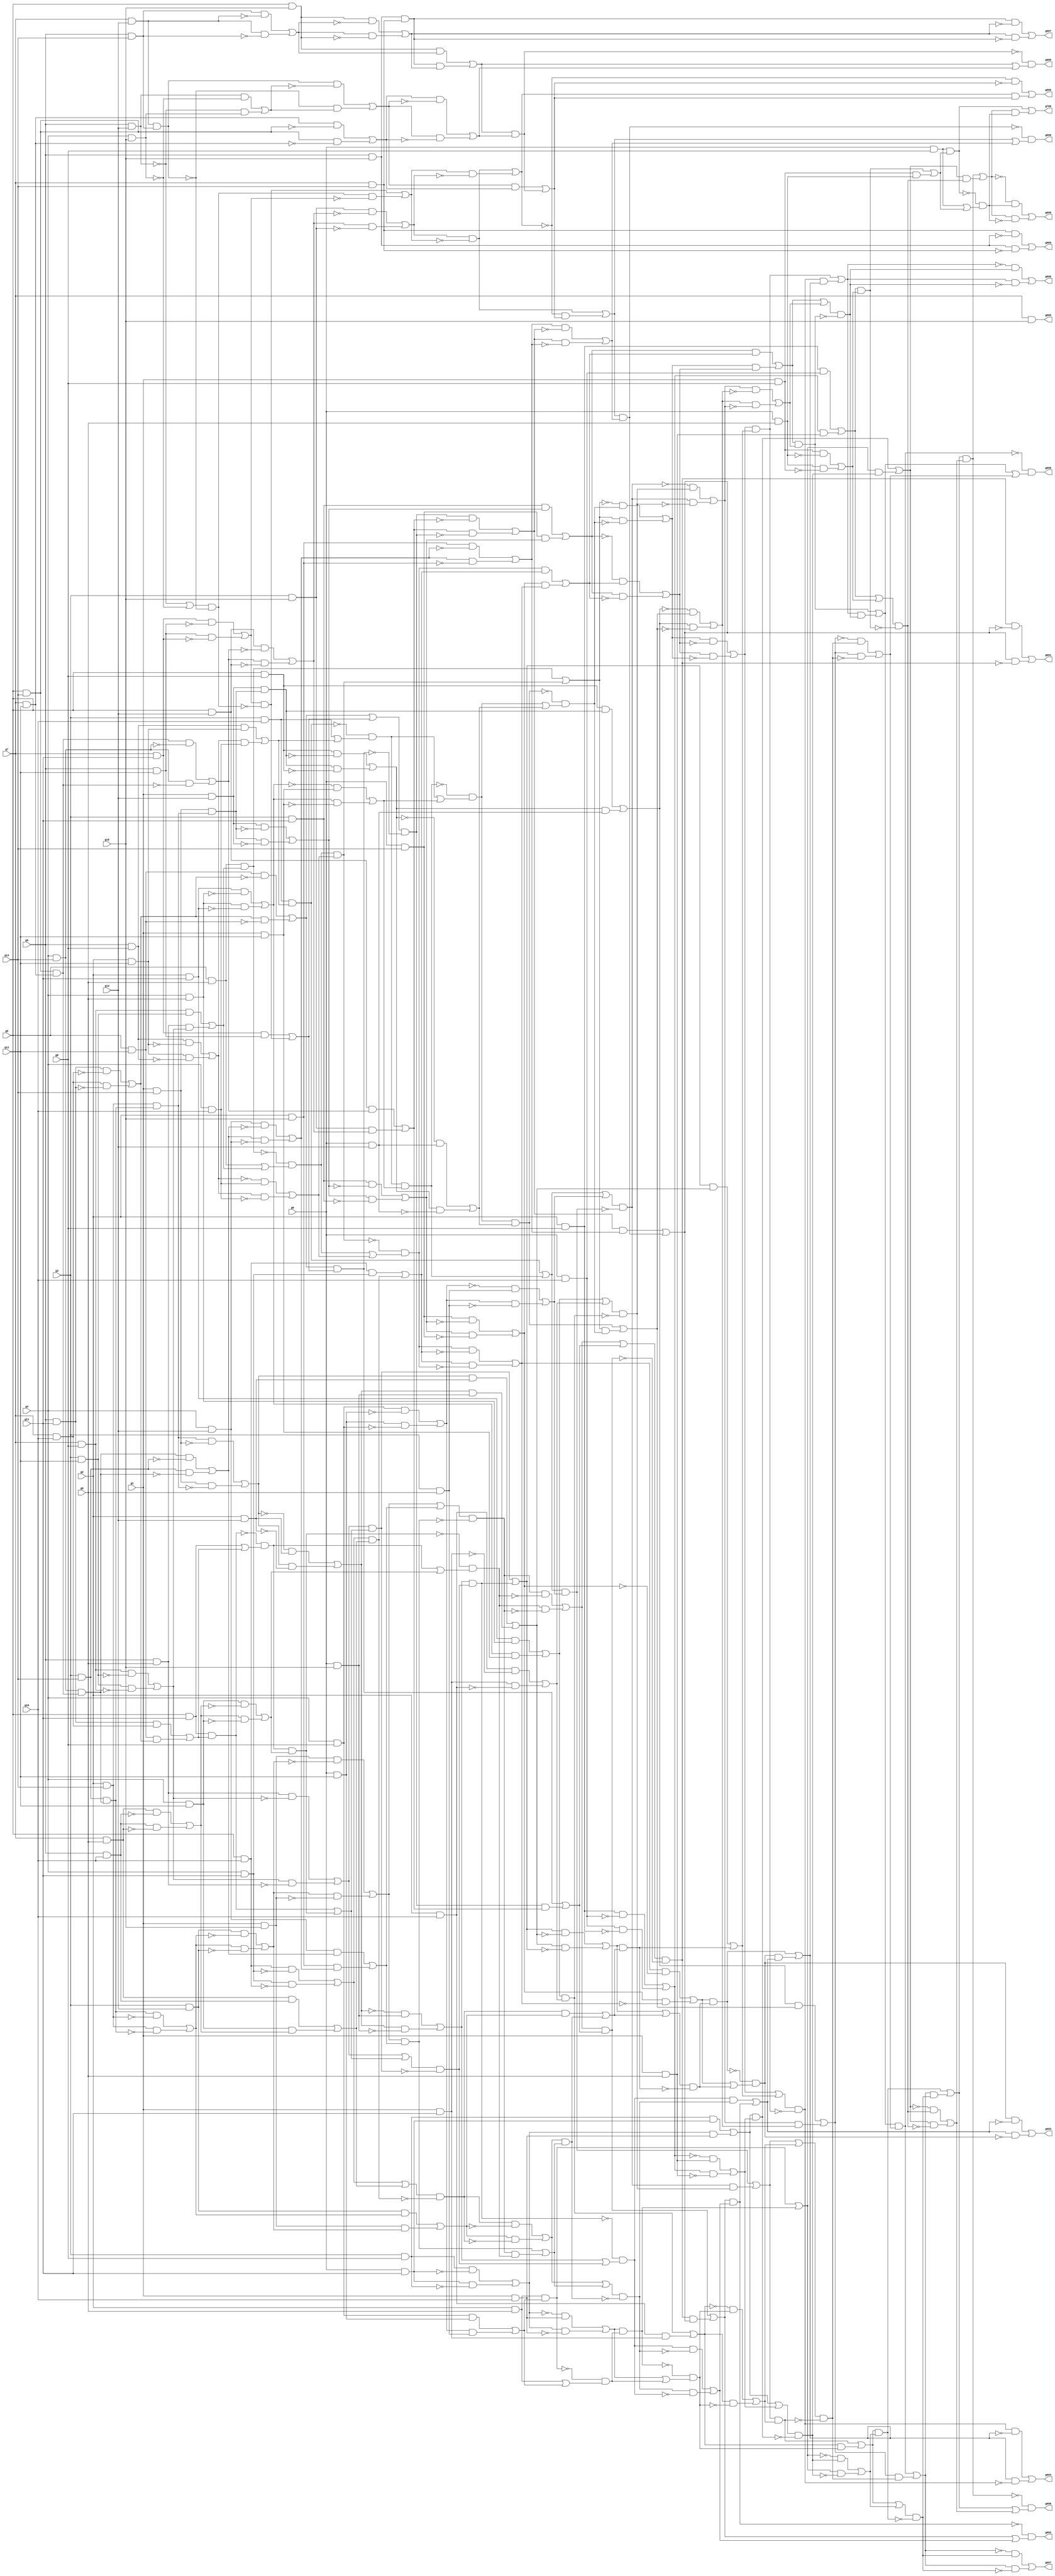
// Benchmark "circuit" written by ABC on Wed Jul 11 22:45:13 2018

module circuit ( 
    g0, g1, g2, g3, g4, g5, g6, g7, g8, g9, g10, g11, g12, g13, g14, g15,
    g700, g699, g698, g697, g696, g695, g694, g693, g692, g691, g690, g689,
    g688, g687, g686, g685  );
  input  g0, g1, g2, g3, g4, g5, g6, g7, g8, g9, g10, g11, g12, g13, g14,
    g15;
  output g700, g699, g698, g697, g696, g695, g694, g693, g692, g691, g690,
    g689, g688, g687, g686, g685;
  wire g16, g17, g18, g19, g20, g21, g22, g23, g24, g25, g26, g27, g28, g29,
    g30, g31, g32, g33, g34, g35, g36, g37, g38, g39, g40, g41, g42, g43,
    g44, g45, g46, g47, g48, g49, g50, g51, g52, g53, g54, g55, g56, g57,
    g58, g59, g60, g61, g62, g63, g64, g65, g66, g67, g68, g69, g70, g71,
    g72, g73, g74, g75, g76, g77, g78, g79, g80, g81, g82, g83, g84, g85,
    g86, g87, g88, g89, g90, g91, g92, g93, g94, g95, g96, g97, g98, g99,
    g100, g101, g102, g103, g104, g105, g106, g107, g108, g109, g110, g111,
    g112, g113, g114, g115, g116, g117, g118, g119, g120, g121, g122, g123,
    g124, g125, g126, g127, g128, g129, g130, g131, g132, g133, g134, g135,
    g136, g137, g138, g139, g140, g141, g142, g143, g144, g145, g146, g147,
    g148, g149, g150, g151, g152, g153, g154, g155, g156, g157, g158, g159,
    g160, g161, g162, g163, g164, g165, g166, g167, g168, g169, g170, g171,
    g172, g173, g174, g175, g176, g177, g178, g179, g180, g181, g182, g183,
    g184, g185, g186, g187, g188, g189, g190, g191, g192, g193, g194, g195,
    g196, g197, g198, g199, g200, g201, g202, g203, g204, g205, g206, g207,
    g208, g209, g210, g211, g212, g213, g214, g215, g216, g217, g218, g219,
    g220, g221, g222, g223, g224, g225, g226, g227, g228, g229, g230, g231,
    g232, g233, g234, g235, g236, g237, g238, g239, g240, g241, g242, g243,
    g244, g245, g246, g247, g248, g249, g250, g251, g252, g253, g254, g255,
    g256, g257, g258, g259, g260, g261, g262, g263, g264, g265, g266, g267,
    g268, g269, g270, g271, g272, g273, g274, g275, g276, g277, g278, g279,
    g280, g281, g282, g283, g284, g285, g286, g287, g288, g289, g290, g291,
    g292, g293, g294, g295, g296, g297, g298, g299, g300, g301, g302, g303,
    g304, g305, g306, g307, g308, g309, g310, g311, g312, g313, g314, g315,
    g316, g317, g318, g319, g320, g321, g322, g323, g324, g325, g326, g327,
    g328, g329, g330, g331, g332, g333, g334, g335, g336, g337, g338, g339,
    g340, g341, g342, g343, g344, g345, g346, g347, g348, g349, g350, g351,
    g352, g353, g354, g355, g356, g357, g358, g359, g360, g361, g362, g363,
    g364, g365, g366, g367, g368, g369, g370, g371, g372, g373, g374, g375,
    g376, g377, g378, g379, g380, g381, g382, g383, g384, g385, g386, g387,
    g388, g389, g390, g391, g392, g393, g394, g395, g396, g397, g398, g399,
    g400, g401, g402, g403, g404, g405, g406, g407, g408, g409, g410, g411,
    g412, g413, g414, g415, g416, g417, g418, g419, g420, g421, g422, g423,
    g424, g425, g426, g427, g428, g429, g430, g431, g432, g433, g434, g435,
    g436, g437, g438, g439, g440, g441, g442, g443, g444, g445, g446, g447,
    g448, g449, g450, g451, g452, g453, g454, g455, g456, g457, g458, g459,
    g460, g461, g462, g463, g464, g465, g466, g467, g468, g469, g470, g471,
    g472, g473, g474, g475, g476, g477, g478, g479, g480, g481, g482, g483,
    g484, g485, g486, g487, g488, g489, g490, g491, g492, g493, g494, g495,
    g496, g497, g498, g499, g500, g501, g502, g503, g504, g505, g506, g507,
    g508, g509, g510, g511, g512, g513, g514, g515, g516, g517, g518, g519,
    g520, g521, g522, g523, g524, g525, g526, g527, g528, g529, g530, g531,
    g532, g533, g534, g535, g536, g537, g538, g539, g540, g541, g542, g543,
    g544, g545, g546, g547, g548, g549, g550, g551, g552, g553, g554, g555,
    g556, g557, g558, g559, g560, g561, g562, g563, g564, g565, g566, g567,
    g568, g569, g570, g571, g572, g573, g574, g575, g576, g577, g578, g579,
    g580, g581, g582, g583, g584, g585, g586, g587, g588, g589, g590, g591,
    g592, g593, g594, g595, g596, g597, g598, g599, g600, g601, g602, g603,
    g604, g605, g606, g607, g608, g609, g610, g611, g612, g613, g614, g615,
    g616, g617, g618, g619, g620, g621, g622, g623, g624, g625, g626, g627,
    g628, g629, g630, g631, g632, g633, g634, g635, g636, g637, g638, g639,
    g640, g641, g642, g643, g644, g645, g646, g647, g648, g649, g650, g651,
    g652, g653, g654, g655, g656, g657, g658, g659, g660, g661, g662, g663,
    g664, g665, g666, g667, g668, g669, g670, g671, g672, g673, g674, g675,
    g676, g677, g678, g679, g680, g681, g682, g683, g684;
  assign g16 = g5 & g9;
  assign g17 = g7 & g8;
  assign g18 = g3 & g12;
  assign g19 = g17 & g18;
  assign g20 = g6 & g9;
  assign g21 = ~g18;
  assign g22 = g17 & g21;
  assign g23 = ~g17;
  assign g24 = g18 & g23;
  assign g25 = g22 | g24;
  assign g26 = g20 & g25;
  assign g27 = g19 | g26;
  assign g28 = g16 & g27;
  assign g29 = ~g28;
  assign g30 = g16 | g27;
  assign g31 = g29 & g30;
  assign g32 = g6 & g8;
  assign g33 = g2 & g12;
  assign g34 = ~g33;
  assign g35 = g32 & g34;
  assign g36 = ~g32;
  assign g37 = g33 & g36;
  assign g38 = g35 | g37;
  assign g39 = ~g38;
  assign g40 = g4 & g10;
  assign g41 = g39 & g40;
  assign g42 = ~g40;
  assign g43 = g38 & g42;
  assign g44 = g41 | g43;
  assign g45 = g31 & g44;
  assign g46 = g28 | g45;
  assign g47 = ~g46;
  assign g48 = g3 & g10;
  assign g49 = g32 & g33;
  assign g50 = g38 & g40;
  assign g51 = g49 | g50;
  assign g52 = g48 & g51;
  assign g53 = ~g52;
  assign g54 = g48 | g51;
  assign g55 = g53 & g54;
  assign g56 = g2 & g11;
  assign g57 = g4 & g9;
  assign g58 = ~g57;
  assign g59 = g56 & g58;
  assign g60 = ~g56;
  assign g61 = g57 & g60;
  assign g62 = g59 | g61;
  assign g63 = ~g62;
  assign g64 = g1 & g12;
  assign g65 = g63 & g64;
  assign g66 = ~g64;
  assign g67 = g62 & g66;
  assign g68 = g65 | g67;
  assign g69 = g55 & g68;
  assign g70 = ~g69;
  assign g71 = g55 | g68;
  assign g72 = g70 & g71;
  assign g73 = g5 & g8;
  assign g74 = g1 & g13;
  assign g75 = g1 & g14;
  assign g76 = g2 & g14;
  assign g77 = g3 & g14;
  assign g78 = g4 & g14;
  assign g79 = g5 & g14;
  assign g80 = g7 & g12;
  assign g81 = g79 & g80;
  assign g82 = g78 & g81;
  assign g83 = g77 & g82;
  assign g84 = g76 & g83;
  assign g85 = g75 & g84;
  assign g86 = g74 & g85;
  assign g87 = ~g86;
  assign g88 = g73 & g87;
  assign g89 = ~g73;
  assign g90 = g86 & g89;
  assign g91 = g88 | g90;
  assign g92 = ~g91;
  assign g93 = g0 & g13;
  assign g94 = g92 & g93;
  assign g95 = ~g93;
  assign g96 = g91 & g95;
  assign g97 = g94 | g96;
  assign g98 = g72 & g97;
  assign g99 = ~g98;
  assign g100 = g72 | g97;
  assign g101 = g99 & g100;
  assign g102 = g47 & g101;
  assign g103 = ~g101;
  assign g104 = g46 & g103;
  assign g105 = g102 | g104;
  assign g106 = g3 & g11;
  assign g107 = ~g85;
  assign g108 = g74 & g107;
  assign g109 = ~g74;
  assign g110 = g85 & g109;
  assign g111 = g108 | g110;
  assign g112 = g106 & g111;
  assign g113 = g0 & g14;
  assign g114 = ~g111;
  assign g115 = g106 & g114;
  assign g116 = ~g106;
  assign g117 = g111 & g116;
  assign g118 = g115 | g117;
  assign g119 = g113 & g118;
  assign g120 = g112 | g119;
  assign g121 = ~g120;
  assign g122 = ~g45;
  assign g123 = g31 | g44;
  assign g124 = g122 & g123;
  assign g125 = g5 & g10;
  assign g126 = g4 & g11;
  assign g127 = g125 & g126;
  assign g128 = ~g126;
  assign g129 = g125 & g128;
  assign g130 = ~g125;
  assign g131 = g126 & g130;
  assign g132 = g129 | g131;
  assign g133 = g7 & g9;
  assign g134 = g6 & g10;
  assign g135 = g133 & g134;
  assign g136 = g4 & g12;
  assign g137 = ~g134;
  assign g138 = g133 & g137;
  assign g139 = ~g133;
  assign g140 = g134 & g139;
  assign g141 = g138 | g140;
  assign g142 = g136 & g141;
  assign g143 = g135 | g142;
  assign g144 = g132 & g143;
  assign g145 = g127 | g144;
  assign g146 = g124 & g145;
  assign g147 = ~g118;
  assign g148 = g113 & g147;
  assign g149 = ~g113;
  assign g150 = g118 & g149;
  assign g151 = g148 | g150;
  assign g152 = ~g145;
  assign g153 = g124 & g152;
  assign g154 = ~g124;
  assign g155 = g145 & g154;
  assign g156 = g153 | g155;
  assign g157 = g151 & g156;
  assign g158 = g146 | g157;
  assign g159 = g121 & g158;
  assign g160 = ~g158;
  assign g161 = g120 & g160;
  assign g162 = g159 | g161;
  assign g163 = ~g162;
  assign g164 = g105 & g163;
  assign g165 = ~g105;
  assign g166 = g162 & g165;
  assign g167 = g164 | g166;
  assign g168 = ~g25;
  assign g169 = g20 & g168;
  assign g170 = ~g20;
  assign g171 = g25 & g170;
  assign g172 = g169 | g171;
  assign g173 = g5 & g11;
  assign g174 = g6 & g11;
  assign g175 = g7 & g10;
  assign g176 = g174 & g175;
  assign g177 = g5 & g12;
  assign g178 = ~g175;
  assign g179 = g174 & g178;
  assign g180 = ~g174;
  assign g181 = g175 & g180;
  assign g182 = g179 | g181;
  assign g183 = g177 & g182;
  assign g184 = g176 | g183;
  assign g185 = g173 & g184;
  assign g186 = ~g185;
  assign g187 = g173 | g184;
  assign g188 = g186 & g187;
  assign g189 = ~g141;
  assign g190 = g136 & g189;
  assign g191 = ~g136;
  assign g192 = g141 & g191;
  assign g193 = g190 | g192;
  assign g194 = g188 & g193;
  assign g195 = g185 | g194;
  assign g196 = g172 & g195;
  assign g197 = ~g75;
  assign g198 = g84 & g197;
  assign g199 = ~g84;
  assign g200 = g75 & g199;
  assign g201 = g198 | g200;
  assign g202 = ~g201;
  assign g203 = g2 & g13;
  assign g204 = g202 & g203;
  assign g205 = ~g203;
  assign g206 = g201 & g205;
  assign g207 = g204 | g206;
  assign g208 = ~g207;
  assign g209 = g0 & g15;
  assign g210 = g208 & g209;
  assign g211 = ~g209;
  assign g212 = g207 & g211;
  assign g213 = g210 | g212;
  assign g214 = g172 | g195;
  assign g215 = ~g196;
  assign g216 = g214 & g215;
  assign g217 = g213 & g216;
  assign g218 = g196 | g217;
  assign g219 = g201 & g203;
  assign g220 = g207 & g209;
  assign g221 = g219 | g220;
  assign g222 = g218 & g221;
  assign g223 = ~g221;
  assign g224 = g218 & g223;
  assign g225 = ~g218;
  assign g226 = g221 & g225;
  assign g227 = g224 | g226;
  assign g228 = g132 | g143;
  assign g229 = ~g144;
  assign g230 = g228 & g229;
  assign g231 = g3 & g13;
  assign g232 = ~g76;
  assign g233 = g83 & g232;
  assign g234 = ~g83;
  assign g235 = g76 & g234;
  assign g236 = g233 | g235;
  assign g237 = g231 & g236;
  assign g238 = g1 & g15;
  assign g239 = ~g236;
  assign g240 = g231 & g239;
  assign g241 = ~g231;
  assign g242 = g236 & g241;
  assign g243 = g240 | g242;
  assign g244 = g238 & g243;
  assign g245 = g237 | g244;
  assign g246 = g230 & g245;
  assign g247 = ~g245;
  assign g248 = g230 & g247;
  assign g249 = ~g230;
  assign g250 = g245 & g249;
  assign g251 = g248 | g250;
  assign g252 = ~g243;
  assign g253 = g238 & g252;
  assign g254 = ~g238;
  assign g255 = g243 & g254;
  assign g256 = g253 | g255;
  assign g257 = g4 & g13;
  assign g258 = ~g77;
  assign g259 = g82 & g258;
  assign g260 = ~g82;
  assign g261 = g77 & g260;
  assign g262 = g259 | g261;
  assign g263 = g257 & g262;
  assign g264 = g2 & g15;
  assign g265 = ~g262;
  assign g266 = g257 & g265;
  assign g267 = ~g257;
  assign g268 = g262 & g267;
  assign g269 = g266 | g268;
  assign g270 = g264 & g269;
  assign g271 = g263 | g270;
  assign g272 = g256 & g271;
  assign g273 = g256 | g271;
  assign g274 = ~g272;
  assign g275 = g273 & g274;
  assign g276 = ~g194;
  assign g277 = g188 | g193;
  assign g278 = g276 & g277;
  assign g279 = g275 & g278;
  assign g280 = g272 | g279;
  assign g281 = g251 & g280;
  assign g282 = g246 | g281;
  assign g283 = g227 & g282;
  assign g284 = g222 | g283;
  assign g285 = g167 & g284;
  assign g286 = g167 | g284;
  assign g287 = ~g285;
  assign g288 = g286 & g287;
  assign g289 = ~g151;
  assign g290 = g156 & g289;
  assign g291 = ~g156;
  assign g292 = g151 & g291;
  assign g293 = g290 | g292;
  assign g294 = g227 | g282;
  assign g295 = ~g283;
  assign g296 = g294 & g295;
  assign g297 = g293 & g296;
  assign g298 = ~g297;
  assign g299 = g293 | g296;
  assign g300 = g298 & g299;
  assign g301 = ~g217;
  assign g302 = g213 | g216;
  assign g303 = g301 & g302;
  assign g304 = g251 | g280;
  assign g305 = ~g281;
  assign g306 = g304 & g305;
  assign g307 = g303 & g306;
  assign g308 = ~g278;
  assign g309 = g275 & g308;
  assign g310 = ~g275;
  assign g311 = g278 & g310;
  assign g312 = g309 | g311;
  assign g313 = ~g182;
  assign g314 = g177 & g313;
  assign g315 = ~g177;
  assign g316 = g182 & g315;
  assign g317 = g314 | g316;
  assign g318 = g7 & g11;
  assign g319 = g6 & g12;
  assign g320 = g318 & g319;
  assign g321 = ~g319;
  assign g322 = g318 & g321;
  assign g323 = ~g318;
  assign g324 = g319 & g323;
  assign g325 = g322 | g324;
  assign g326 = g6 & g13;
  assign g327 = ~g326;
  assign g328 = g4 & g15;
  assign g329 = ~g328;
  assign g330 = g327 | g329;
  assign g331 = g7 & g13;
  assign g332 = g6 & g14;
  assign g333 = g331 & g332;
  assign g334 = ~g333;
  assign g335 = g330 & g334;
  assign g336 = ~g335;
  assign g337 = g325 & g336;
  assign g338 = g320 | g337;
  assign g339 = g317 & g338;
  assign g340 = g317 | g338;
  assign g341 = ~g339;
  assign g342 = g340 & g341;
  assign g343 = g5 & g13;
  assign g344 = ~g78;
  assign g345 = g81 & g344;
  assign g346 = ~g81;
  assign g347 = g78 & g346;
  assign g348 = g345 | g347;
  assign g349 = g343 & g348;
  assign g350 = g3 & g15;
  assign g351 = ~g348;
  assign g352 = g343 & g351;
  assign g353 = ~g343;
  assign g354 = g348 & g353;
  assign g355 = g352 | g354;
  assign g356 = g350 & g355;
  assign g357 = g349 | g356;
  assign g358 = g342 & g357;
  assign g359 = g339 | g358;
  assign g360 = g312 & g359;
  assign g361 = g312 | g359;
  assign g362 = ~g360;
  assign g363 = g361 & g362;
  assign g364 = ~g357;
  assign g365 = g342 & g364;
  assign g366 = ~g342;
  assign g367 = g357 & g366;
  assign g368 = g365 | g367;
  assign g369 = ~g269;
  assign g370 = g264 & g369;
  assign g371 = ~g264;
  assign g372 = g269 & g371;
  assign g373 = g370 | g372;
  assign g374 = g368 & g373;
  assign g375 = ~g355;
  assign g376 = g350 & g375;
  assign g377 = ~g350;
  assign g378 = g355 & g377;
  assign g379 = g376 | g378;
  assign g380 = ~g325;
  assign g381 = g335 & g380;
  assign g382 = g337 | g381;
  assign g383 = ~g382;
  assign g384 = g379 & g383;
  assign g385 = ~g379;
  assign g386 = g382 & g385;
  assign g387 = g384 | g386;
  assign g388 = ~g387;
  assign g389 = g326 & g329;
  assign g390 = g327 & g328;
  assign g391 = g389 | g390;
  assign g392 = ~g391;
  assign g393 = g333 & g392;
  assign g394 = g334 & g391;
  assign g395 = g393 | g394;
  assign g396 = ~g79;
  assign g397 = g80 & g396;
  assign g398 = ~g80;
  assign g399 = g79 & g398;
  assign g400 = g397 | g399;
  assign g401 = g395 & g400;
  assign g402 = g5 & g15;
  assign g403 = ~g331;
  assign g404 = g332 & g403;
  assign g405 = ~g332;
  assign g406 = g331 & g405;
  assign g407 = g404 | g406;
  assign g408 = g402 & g407;
  assign g409 = g6 & g15;
  assign g410 = g7 & g14;
  assign g411 = g409 & g410;
  assign g412 = ~g407;
  assign g413 = g402 & g412;
  assign g414 = ~g402;
  assign g415 = g407 & g414;
  assign g416 = g413 | g415;
  assign g417 = g411 & g416;
  assign g418 = g408 | g417;
  assign g419 = ~g395;
  assign g420 = g400 & g419;
  assign g421 = ~g400;
  assign g422 = g395 & g421;
  assign g423 = g420 | g422;
  assign g424 = g418 & g423;
  assign g425 = g401 | g424;
  assign g426 = g388 & g425;
  assign g427 = g384 | g426;
  assign g428 = ~g368;
  assign g429 = g373 & g428;
  assign g430 = ~g373;
  assign g431 = g368 & g430;
  assign g432 = g429 | g431;
  assign g433 = g427 & g432;
  assign g434 = g374 | g433;
  assign g435 = g363 & g434;
  assign g436 = g360 | g435;
  assign g437 = ~g306;
  assign g438 = g303 & g437;
  assign g439 = ~g303;
  assign g440 = g306 & g439;
  assign g441 = g438 | g440;
  assign g442 = g436 & g441;
  assign g443 = g307 | g442;
  assign g444 = g300 & g443;
  assign g445 = g297 | g444;
  assign g446 = g288 & g445;
  assign g447 = g285 | g446;
  assign g448 = ~g447;
  assign g449 = g120 & g158;
  assign g450 = g105 & g162;
  assign g451 = g449 | g450;
  assign g452 = g52 | g69;
  assign g453 = g4 & g8;
  assign g454 = g0 & g12;
  assign g455 = ~g454;
  assign g456 = g453 & g455;
  assign g457 = ~g453;
  assign g458 = g454 & g457;
  assign g459 = g456 | g458;
  assign g460 = ~g459;
  assign g461 = g3 & g9;
  assign g462 = g460 & g461;
  assign g463 = ~g461;
  assign g464 = g459 & g463;
  assign g465 = g462 | g464;
  assign g466 = g452 | g465;
  assign g467 = g452 & g465;
  assign g468 = ~g467;
  assign g469 = g466 & g468;
  assign g470 = ~g469;
  assign g471 = g56 & g57;
  assign g472 = g62 & g64;
  assign g473 = g471 | g472;
  assign g474 = g2 & g10;
  assign g475 = g1 & g11;
  assign g476 = ~g475;
  assign g477 = g474 & g476;
  assign g478 = ~g474;
  assign g479 = g475 & g478;
  assign g480 = g477 | g479;
  assign g481 = g473 | g480;
  assign g482 = g473 & g480;
  assign g483 = ~g482;
  assign g484 = g481 & g483;
  assign g485 = g470 & g484;
  assign g486 = ~g484;
  assign g487 = g469 & g486;
  assign g488 = g485 | g487;
  assign g489 = g73 & g86;
  assign g490 = g91 & g93;
  assign g491 = g489 | g490;
  assign g492 = ~g491;
  assign g493 = g46 & g101;
  assign g494 = g98 | g493;
  assign g495 = g492 & g494;
  assign g496 = ~g494;
  assign g497 = g491 & g496;
  assign g498 = g495 | g497;
  assign g499 = ~g498;
  assign g500 = g488 & g499;
  assign g501 = ~g488;
  assign g502 = g498 & g501;
  assign g503 = g500 | g502;
  assign g504 = g451 | g503;
  assign g505 = g451 & g503;
  assign g506 = ~g505;
  assign g507 = g504 & g506;
  assign g508 = g448 & g507;
  assign g509 = ~g507;
  assign g510 = g447 & g509;
  assign g511 = g447 & g507;
  assign g512 = g505 | g511;
  assign g513 = g491 & g494;
  assign g514 = g488 & g498;
  assign g515 = g513 | g514;
  assign g516 = ~g515;
  assign g517 = g469 & g484;
  assign g518 = g467 | g517;
  assign g519 = g474 & g475;
  assign g520 = g482 | g519;
  assign g521 = ~g520;
  assign g522 = g3 & g8;
  assign g523 = g0 & g11;
  assign g524 = ~g523;
  assign g525 = g522 & g524;
  assign g526 = ~g522;
  assign g527 = g523 & g526;
  assign g528 = g525 | g527;
  assign g529 = ~g528;
  assign g530 = g1 & g10;
  assign g531 = g529 & g530;
  assign g532 = ~g530;
  assign g533 = g528 & g532;
  assign g534 = g531 | g533;
  assign g535 = g2 & g9;
  assign g536 = g453 & g454;
  assign g537 = g459 & g461;
  assign g538 = g536 | g537;
  assign g539 = g535 & g538;
  assign g540 = ~g539;
  assign g541 = g535 | g538;
  assign g542 = g540 & g541;
  assign g543 = g534 & g542;
  assign g544 = ~g543;
  assign g545 = g534 | g542;
  assign g546 = g544 & g545;
  assign g547 = g521 & g546;
  assign g548 = ~g546;
  assign g549 = g520 & g548;
  assign g550 = g547 | g549;
  assign g551 = g518 | g550;
  assign g552 = g518 & g550;
  assign g553 = ~g552;
  assign g554 = g551 & g553;
  assign g555 = g516 & g554;
  assign g556 = ~g554;
  assign g557 = g515 & g556;
  assign g558 = g555 | g557;
  assign g559 = g512 & g558;
  assign g560 = ~g559;
  assign g561 = g512 | g558;
  assign g562 = g515 & g554;
  assign g563 = g559 | g562;
  assign g564 = ~g563;
  assign g565 = g520 & g546;
  assign g566 = g552 | g565;
  assign g567 = g539 | g543;
  assign g568 = ~g567;
  assign g569 = g522 & g523;
  assign g570 = g528 & g530;
  assign g571 = g569 | g570;
  assign g572 = g2 & g8;
  assign g573 = g0 & g10;
  assign g574 = ~g573;
  assign g575 = g572 & g574;
  assign g576 = ~g572;
  assign g577 = g573 & g576;
  assign g578 = g575 | g577;
  assign g579 = ~g578;
  assign g580 = g1 & g9;
  assign g581 = g579 & g580;
  assign g582 = ~g580;
  assign g583 = g578 & g582;
  assign g584 = g581 | g583;
  assign g585 = g571 | g584;
  assign g586 = g571 & g584;
  assign g587 = ~g586;
  assign g588 = g585 & g587;
  assign g589 = g568 & g588;
  assign g590 = ~g588;
  assign g591 = g567 & g590;
  assign g592 = g589 | g591;
  assign g593 = g566 | g592;
  assign g594 = g566 & g592;
  assign g595 = ~g594;
  assign g596 = g593 & g595;
  assign g597 = g564 & g596;
  assign g598 = ~g596;
  assign g599 = g563 & g598;
  assign g600 = g563 & g596;
  assign g601 = g594 | g600;
  assign g602 = g567 & g588;
  assign g603 = g586 | g602;
  assign g604 = ~g603;
  assign g605 = g572 & g573;
  assign g606 = g578 & g580;
  assign g607 = g605 | g606;
  assign g608 = g1 & g8;
  assign g609 = g0 & g9;
  assign g610 = ~g609;
  assign g611 = g608 & g610;
  assign g612 = ~g608;
  assign g613 = g609 & g612;
  assign g614 = g611 | g613;
  assign g615 = g607 | g614;
  assign g616 = g607 & g614;
  assign g617 = ~g616;
  assign g618 = g615 & g617;
  assign g619 = g604 & g618;
  assign g620 = ~g618;
  assign g621 = g603 & g620;
  assign g622 = g619 | g621;
  assign g623 = g601 & g622;
  assign g624 = ~g623;
  assign g625 = g601 | g622;
  assign g626 = g603 & g618;
  assign g627 = g623 | g626;
  assign g628 = ~g627;
  assign g629 = g0 & g8;
  assign g630 = g608 & g609;
  assign g631 = g616 | g630;
  assign g632 = g629 & g631;
  assign g633 = ~g632;
  assign g634 = g629 | g631;
  assign g635 = g633 & g634;
  assign g636 = g628 & g635;
  assign g637 = ~g635;
  assign g638 = g627 & g637;
  assign g639 = g627 & g635;
  assign g640 = ~g409;
  assign g641 = g410 & g640;
  assign g642 = ~g410;
  assign g643 = g409 & g642;
  assign g644 = ~g416;
  assign g645 = g411 & g644;
  assign g646 = ~g411;
  assign g647 = g416 & g646;
  assign g648 = ~g424;
  assign g649 = g418 | g423;
  assign g650 = ~g425;
  assign g651 = g388 & g650;
  assign g652 = g387 & g425;
  assign g653 = ~g433;
  assign g654 = g427 | g432;
  assign g655 = ~g434;
  assign g656 = g363 & g655;
  assign g657 = ~g363;
  assign g658 = g434 & g657;
  assign g659 = ~g442;
  assign g660 = g436 | g441;
  assign g661 = ~g443;
  assign g662 = g300 & g661;
  assign g663 = ~g300;
  assign g664 = g443 & g663;
  assign g665 = ~g445;
  assign g666 = g288 & g665;
  assign g667 = ~g288;
  assign g668 = g445 & g667;
  assign g669 = g7 & g15;
  assign g670 = g641 | g643;
  assign g671 = g645 | g647;
  assign g672 = g648 & g649;
  assign g673 = g651 | g652;
  assign g674 = g653 & g654;
  assign g675 = g656 | g658;
  assign g676 = g659 & g660;
  assign g677 = g662 | g664;
  assign g678 = g666 | g668;
  assign g679 = g508 | g510;
  assign g680 = g560 & g561;
  assign g681 = g597 | g599;
  assign g682 = g624 & g625;
  assign g683 = g636 | g638;
  assign g684 = g632 | g639;
  assign g685 = g669;
  assign g686 = g670;
  assign g687 = g671;
  assign g688 = g672;
  assign g689 = g673;
  assign g690 = g674;
  assign g691 = g675;
  assign g692 = g676;
  assign g693 = g677;
  assign g694 = g678;
  assign g695 = g679;
  assign g696 = g680;
  assign g697 = g681;
  assign g698 = g682;
  assign g699 = g683;
  assign g700 = g684;
endmodule